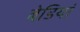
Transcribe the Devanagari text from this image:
बेडि़यां